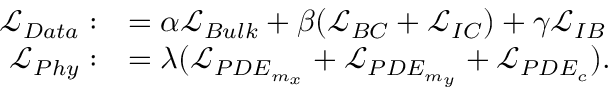
\begin{array} { r l } { \mathcal { L } _ { D a t a } : } & { = \alpha \mathcal { L } _ { B u l k } + \beta ( \mathcal { L } _ { B C } + \mathcal { L } _ { I C } ) + \gamma \mathcal { L } _ { I B } } \\ { \mathcal { L } _ { P h y } : } & { = \lambda ( \mathcal { L } _ { P D E _ { m _ { x } } } + \mathcal { L } _ { P D E _ { m _ { y } } } + \mathcal { L } _ { P D E _ { c } } ) . } \end{array}